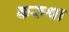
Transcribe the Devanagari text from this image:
करुथा